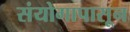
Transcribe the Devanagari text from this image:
संयोगापासून